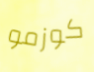
كوزمو